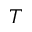
T